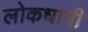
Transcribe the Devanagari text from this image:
लोकधात्री